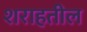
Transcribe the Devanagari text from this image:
शराहतील